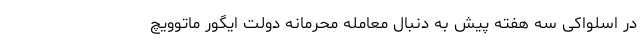
در اسلواکی سه هفته پیش به دنبال معامله محرمانه دولت ایگور ماتوویچ